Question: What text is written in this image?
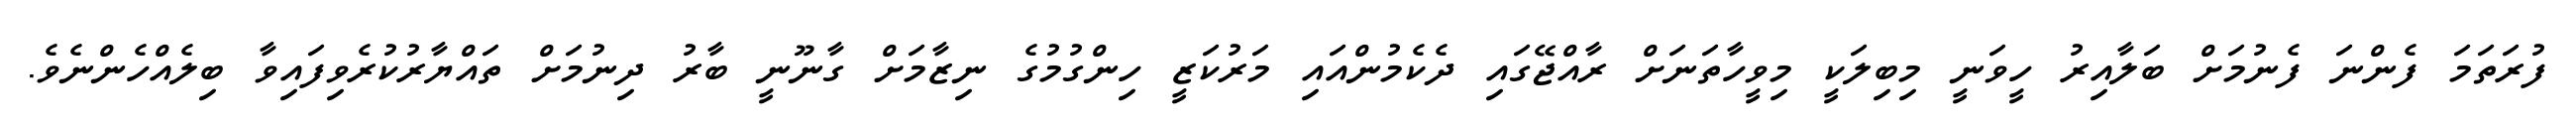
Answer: ފުރަތަމަ ފެންނަ ފެނުމަށް ބަލާއިރު ހީވަނީ މިބިލަކީ މިވީހާތަނަށް ރާއްޖޭގައި ދެކެމުންއައި މަރުކަޒީ ހިންގުމުގެ ނިޒާމަށް ގާނޫނީ ބާރު ދިނުމަށް ތައްޔާރުކުރެވިފައިވާ ބިލެއްހެންނެވެ.